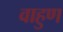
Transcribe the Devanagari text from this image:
वाहुण